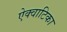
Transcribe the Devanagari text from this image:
ऐक्वाटिका